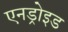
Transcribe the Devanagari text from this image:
एनड्रोइड